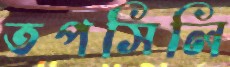
তপসিলি